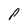
Character: P